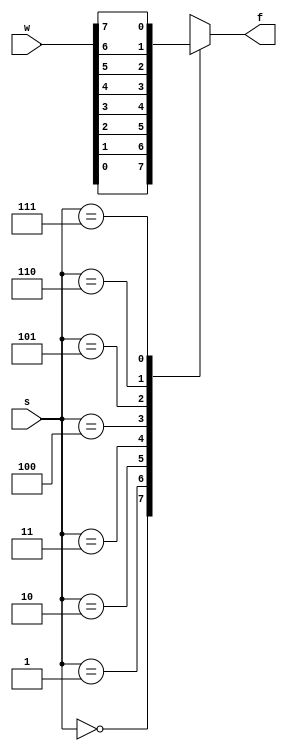
module mux8to1(s,w,f);
input [2:0] s;
input [7:0] w;
output reg f;

always @ (s,w) begin
case (s)
0: f=w[0];
1: f=w[1];
2: f=w[2];
3: f=w[3];
4: f=w[4];
5: f=w[5];
6: f=w[6];
7: f=w[7];
default: f=0;
endcase
end
endmodule